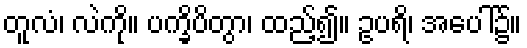
တူလံ၊ လဲကို။ ပက္ခိပိတွာ၊ ထည့်၍။ ဥပရိ၊ အပေါ်၌။